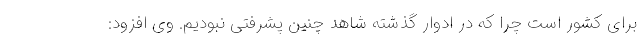
برای کشور است چرا که در ادوار گذشته شاهد چنین پشرفتی نبودیم. وی افزود: